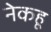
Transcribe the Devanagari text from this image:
नेकहू